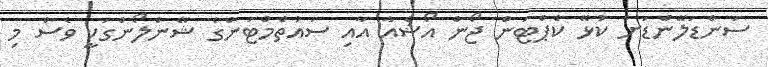
ސަންޑަލޭންޑަށް ކުޅޭ ކެޕްޓަން ޖޯން އޯޝެއާ އާއި ސައުތެމްޓަންގެ ޝޭންލޯންގަކީ ވެސް މި